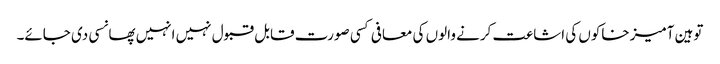
توہین آمیز خاکوں کی اشاعت کرنے والوں کی معافی کسی صورت قابل قبول نہیں انہیں پھانسی دی جائے۔